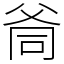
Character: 㸗